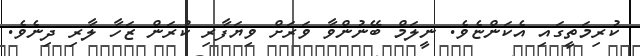
ކުރިމަތީގައި އެކަންޏެވެ. ނީލަމް ބޭނުންވާ ވަރަށް ވިޔަފާރި ކުރަން ޒަހާ ލާރި ދިނެވެ.